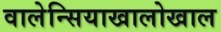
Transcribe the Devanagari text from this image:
वालेन्सियाखालोखाल